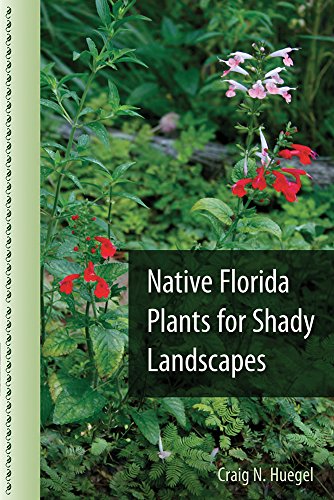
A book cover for Native Florida Plants for Shady Landscapes; Craig N. Huegel; Crafts, Hobbies & Home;